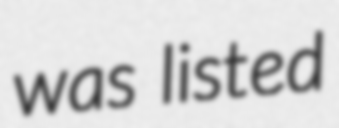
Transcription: was listed